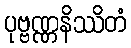
ပုဗ္ဗဏ္ဏနိဿိတံ